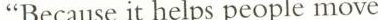
“Because it helps people move